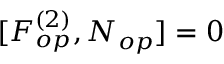
[ F _ { o p } ^ { ( 2 ) } , N _ { o p } ] = 0